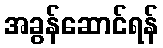
အခွန်ဆောင်ရန်